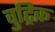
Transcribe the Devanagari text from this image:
वुट्रिक